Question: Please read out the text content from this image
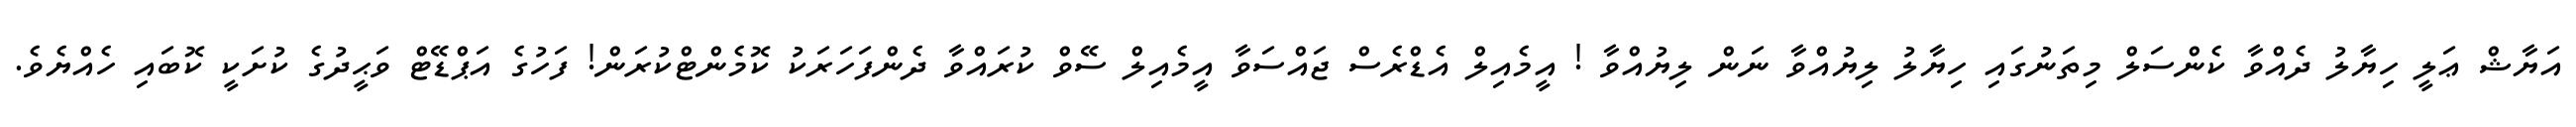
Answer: އަޔާޝް ޢަލީ ހިޔާލު ދެއްވާ ކެންސަލް މިތަނުގައި ހިޔާލު ލިޔުއްވާ ނަން ލިޔުއްވާ ! އީމެއިލް އެޑްރެސް ޖައްސަވާ އީމެއިލް ސޭވް ކުރައްވާ ދެންފަހަރަކު ކޮމެންޓްކުރަން! ފަހުގެ އަޕްޑޭޓް ވަޙީދުގެ ކުށަކީ ކޮބައި ހެއްޔެވެ.